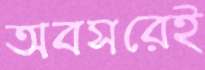
অবসরেই